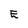
Character: E